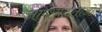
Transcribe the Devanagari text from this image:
आव्श्यकताओं